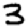
Digit: 3